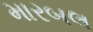
મારબલ